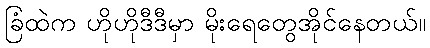
ခြံထဲက ဟိုဟိုဒီဒီမှာ မိုးရေတွေအိုင်နေတယ်။